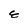
Character: E